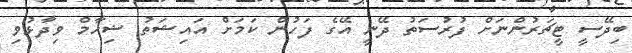
ބިދޭސީ ޓީޗަރުންނަށް ފުރުސަތު ދޭނީ އޭގެ ފަހުން ކަމަށް އައިޝަތު ޝިހާމް ވިދާޅުވި